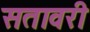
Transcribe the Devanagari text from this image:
सतावरी